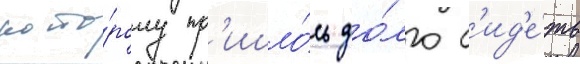
кото́рому пр'ишло́сь до́лго с'ид'е́ть